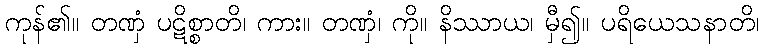
ကုန်၏။ တဏှံ ပဋိစ္စာတိ၊ ကား။ တဏှံ၊ ကို။ နိဿာယ၊ မှီ၍။ ပရိယေသနာတိ၊